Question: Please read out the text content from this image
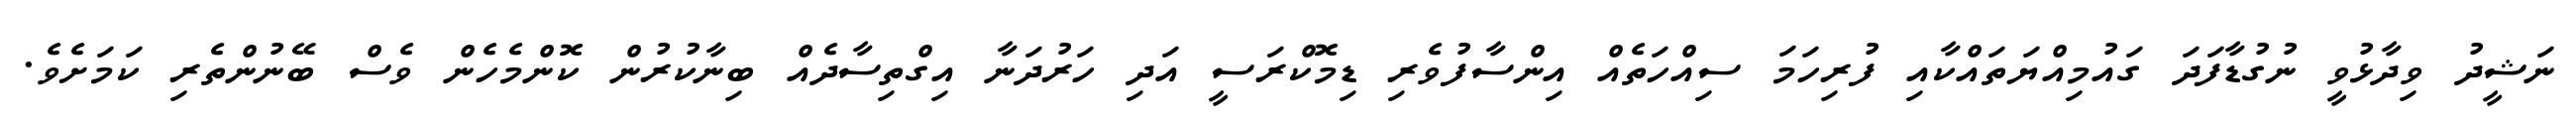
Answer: ނަޝީދު ވިދާޅުވީ ނުގުޑާފަދަ ގައުމިއްޔަތައްކާއި ފުރިހަމަ ސިއްހަތެއް އިންސާފުވެރި ޑިމޮކްރަސީ އަދި ހަރުދަނާ އިގްތިސާދެއް ބިނާކުރުން ކޮންމެހެން ވެސް ބޭނުންތެރި ކަމަށެވެ.